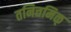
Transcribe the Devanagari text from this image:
तनित्तमिळ्